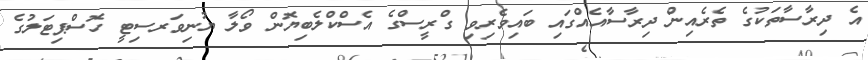
އެ ދިރާސާތަކުގެ ތެރެއިން ދިރާސާއެއްގައި ބައިވެރިވި ގްރީސްގެ އެސްކްލެބިޔޮން ވޯލާ ޔުނިވަރސިޓީ ހޮސްޕިޓަލުގެ